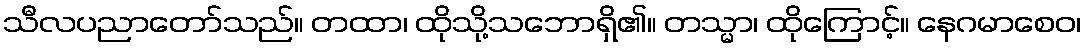
သီလပညာတော်သည်။ တထာ၊ ထိုသို့သဘောရှိ၏။ တသ္မာ၊ ထိုကြောင့်။ နေဂမာစေဝ၊